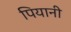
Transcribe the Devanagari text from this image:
पियानी